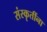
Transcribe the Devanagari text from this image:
संस्कृतींना